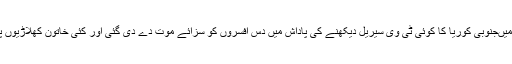
اگر کوئی ایسا کرتا نظر بھی آگیا تو اسے یقینا ایسی ہی سزا ملے گی جیسی شمالی کوریا میںجنوبی کوریا کا کوئی ٹی وی سیریل دیکھنے کی پاداش میں دس افسروں کو سزائے موت دے دی گئی اور کئی خاتون کھلاڑیوں پر کسی میچ کے دوران جنوبی کوریائی کھلاڑیوں سے بات کرنے پر عتاب نازل کیا گیا۔